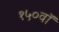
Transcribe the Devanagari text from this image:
१५०वॉ